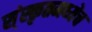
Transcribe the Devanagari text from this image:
स्ंस्कृतमध्येच